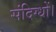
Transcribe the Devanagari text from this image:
संदिग्धों।